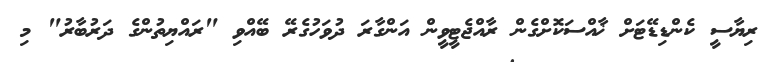
ރިޔާސީ ކެންޑިޑޭޓަށް ޚާއްސަކޮށްގެން ރާއްޖެޓީވީން އަންގާރަ ދުވަހުގެރޭ ބޭއްވި "ރައްޔިތުންގެ ދަރުބާރު" މި